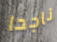
ناجحا